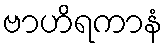
ဗာဟိရကာနံ